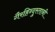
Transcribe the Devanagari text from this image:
गैरहिन्दुस्तानी